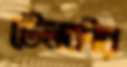
টেলকীর